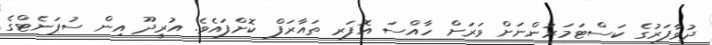
ދުވާފަރުގެ ކަސްޓަމަރުންނަށް ވަރަށް ހާއްސަ އޮފަރ ތައާރަފް ކޮށްފައެވެ. އުރީދޫ އިން ސުޕަނެޓްގެ